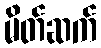
မိတ်ဆက်